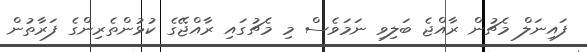
ފައިނަލް މެޗުން ރާއްޖެ ބަލިވި ނަމަވެސް މި މެޗުގައި ރާއްޖޭގެ ކުޅުންތެރިންގެ ފަރާތުން